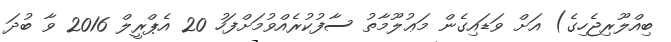
ބިއްލޫރިޖެހިގެ) އަށް ވަޑައިގެން މަޢުލޫމާތު ސާފުކުރެއްވުމަށްފަހު 20 އެޕްރީލް 2016 ވާ ބުދަ